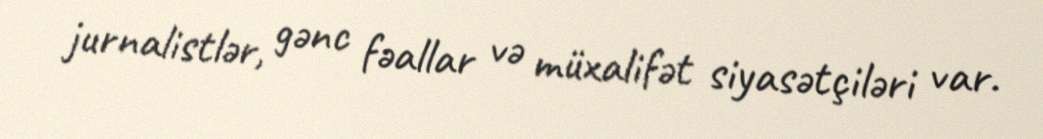
jurnalistlər, gənc fəallar və müxalifət siyasətçiləri var.